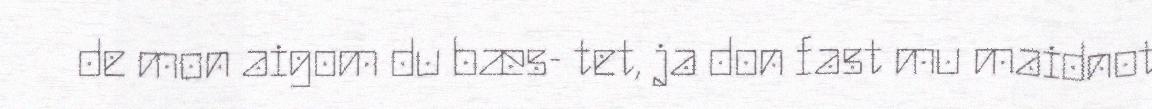
de mon aigom du bæs- tet, ja don fast mu maidnot